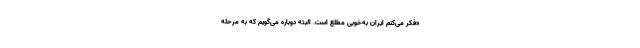
«فکر می‌کنم ایران به‌خوبی مطلع است. البته دوباره می‌گویم که به مرحله